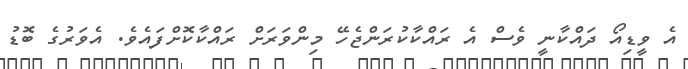
އެ ވީޑިއޯ ދައްކާނީ ވެސް އެ ރައްކާކުރަންޖެހޭ މިންވަރަށް ރައްކާކޮށްފައެވެ. އެވަރުގެ ބޮޑު